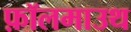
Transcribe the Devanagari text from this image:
फ़ॉलमाउथ